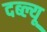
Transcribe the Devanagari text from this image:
दब्ल्यू